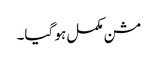
مشن مکمل ہو گیا۔